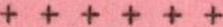
++++++